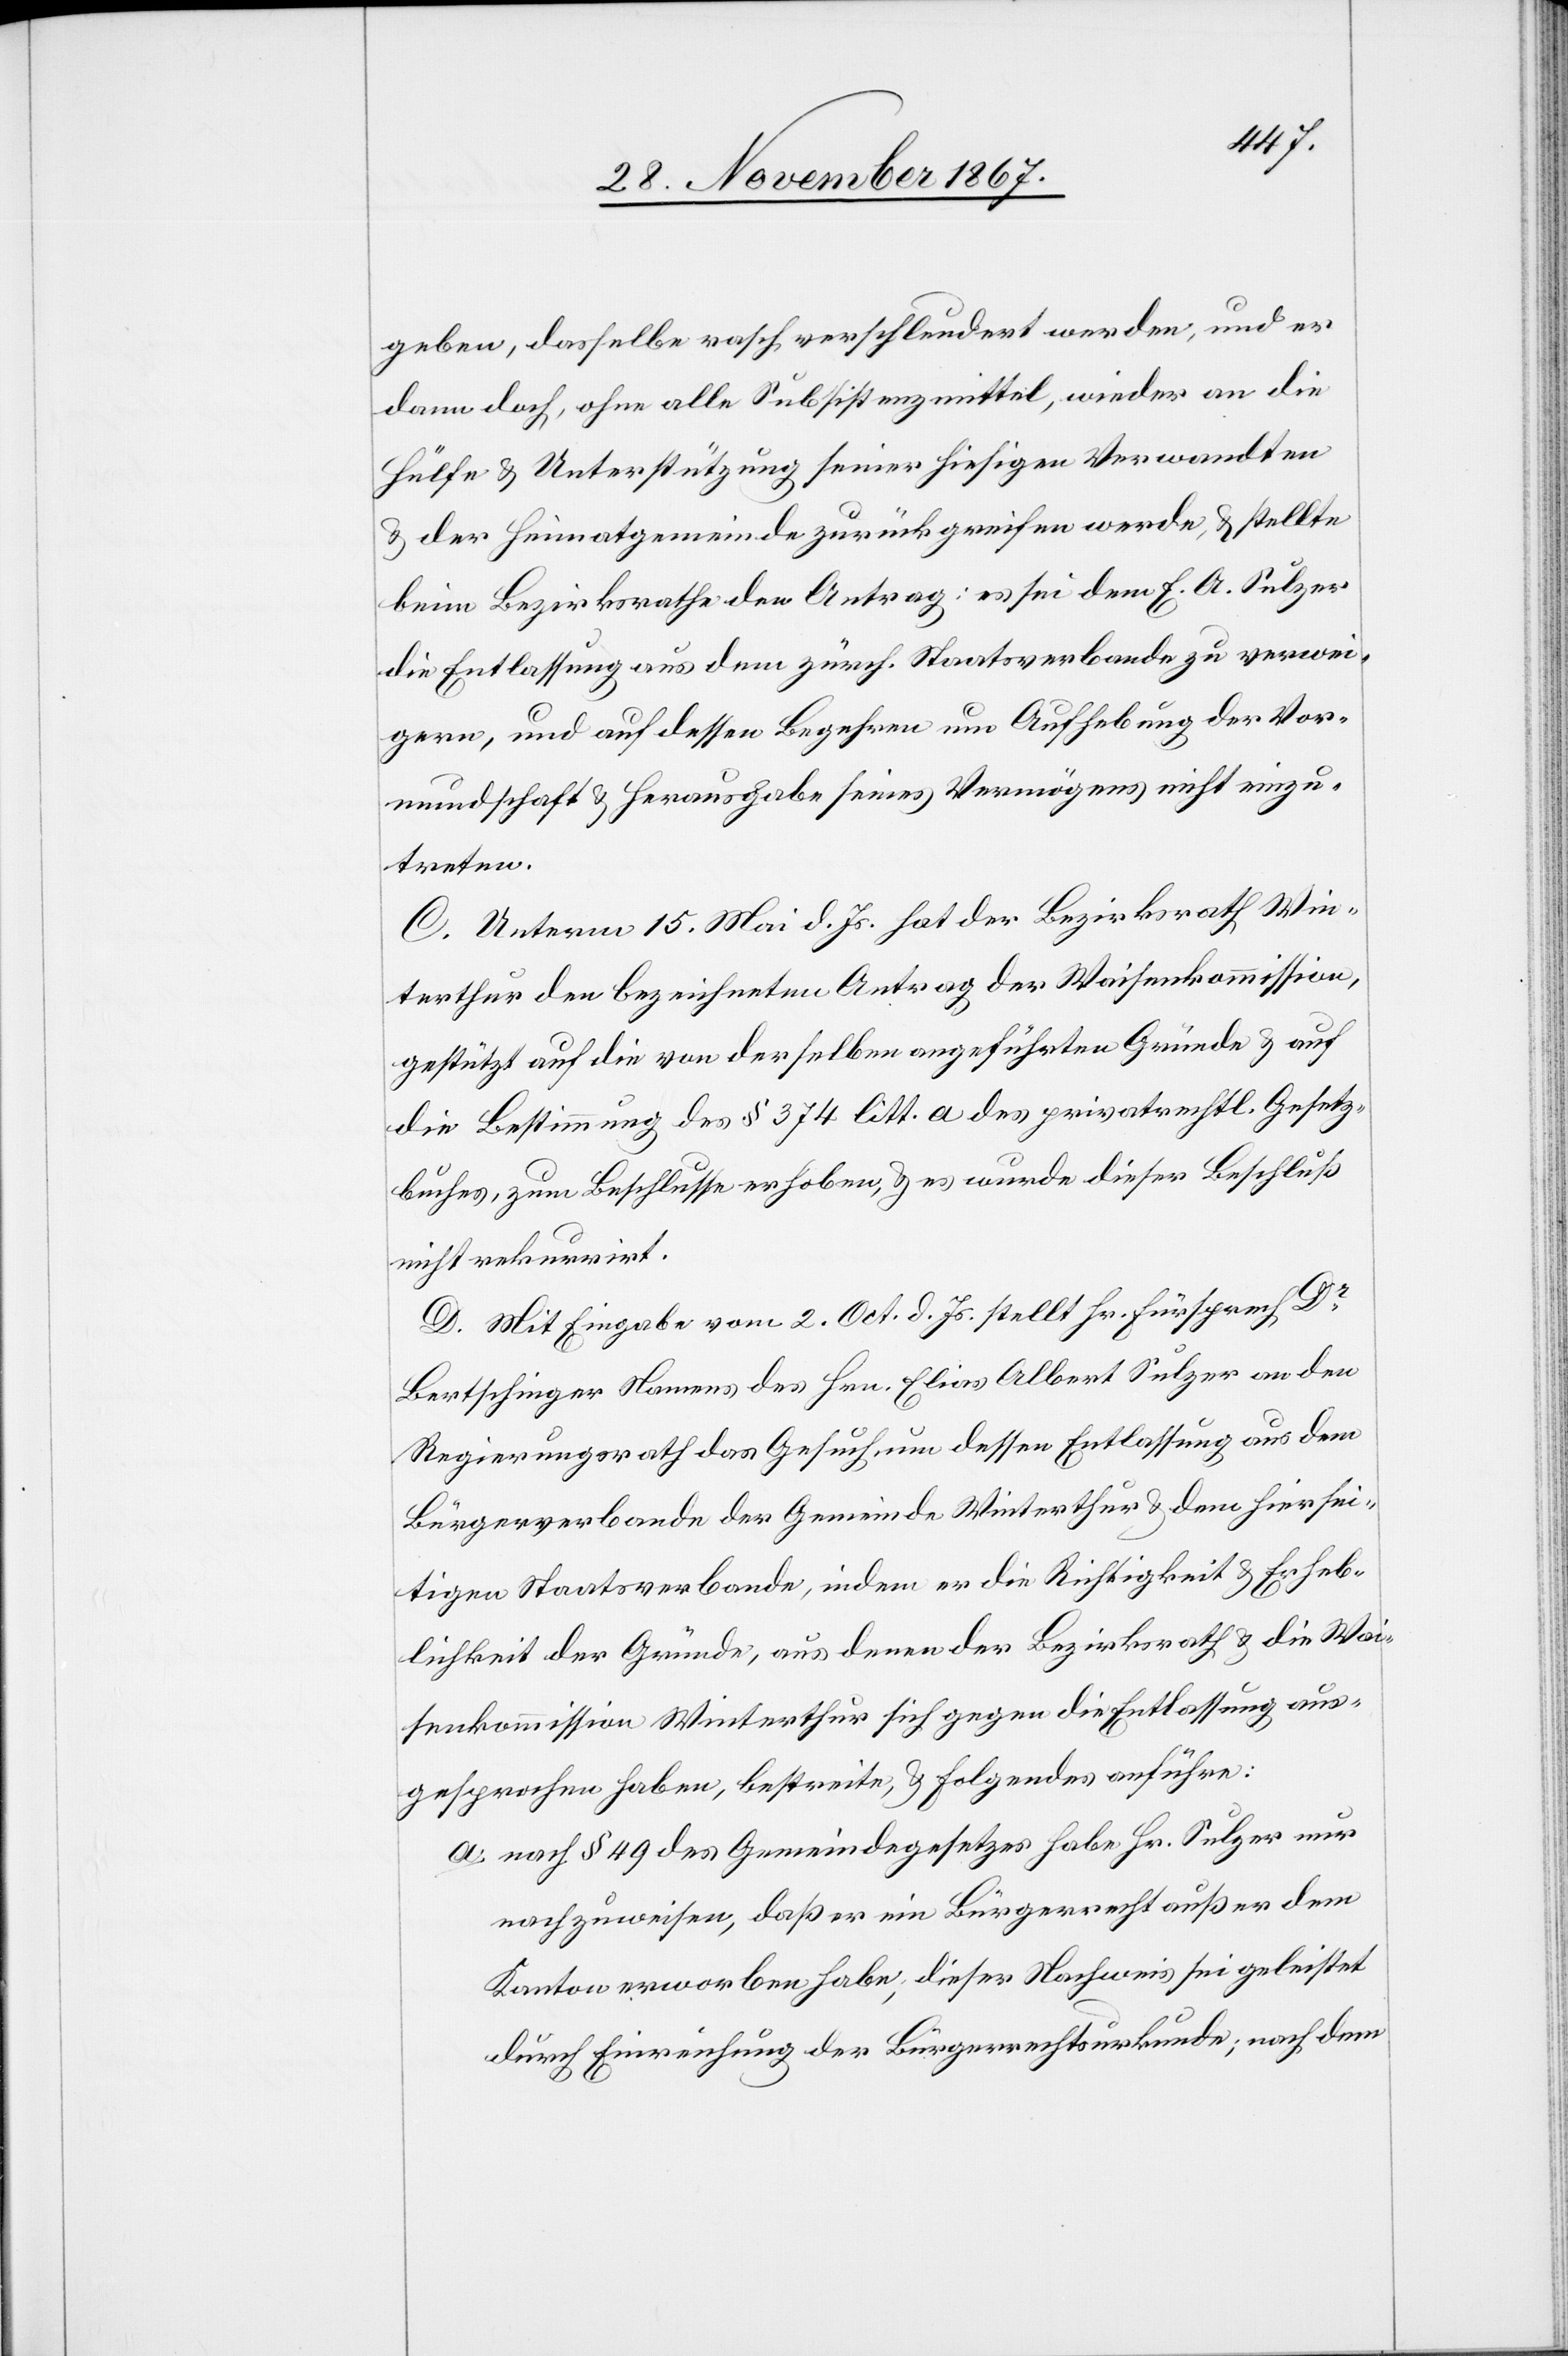
geben, dasselbe rasch verschleudert werden, und er
dann doch, ohne alle Subsistenzmittel, wieder an die
Hülfe u. Unterstützung seiner hiesigen Verwandten
u. der Heimatgemeinde zurückgreifen werde, u. stellte
beim Bezirksrathe den Antrag: es sei dem E. A. Sulzer
die Entlassung aus dem zürch. Staatsverbande zu verwei¬
gern, und auf dessen Begehren um Aufhebung der Vor¬
mundschaft u. Herausgabe seines Vermögens nicht einzu¬
treten.
C. Unterm 15. Mai d. Js. hat der Bezirksrath Win¬
terthur den bezeichneten Antrag der Waisenkommission,
gestützt auf die von derselben angeführten Gründe u. auf
die Bestimmung des § 374 litt. a des privatrechtl. Gesetz¬
buches, zum Beschlusse erhoben, u. es wurde dieser Beschluß
nicht rekurrirt.
D. Mit Eingabe vom 2. Oct. d. Js. stellt Hr. Fürsprech Dr
Bertschinger Namens des Hrn. Elias Albert Sulzer an den
Regierungsrath das Gesuch um dessen Entlassung aus dem
Bürgerverbande der Gemeinde Winterthur u. dem hiersei¬
tigen Staatsverbande, indem er die Richtigkeit u. Erheb¬
lichkeit der Gründe, aus denen der Bezirksrath u. die Wai¬
senkommission Winterthur sich gegen die Entlassung aus¬
gesprochen haben, bestreite, u. Folgendes anführe:
a. nach § 49 des Gemeindegesetzes habe Hr. Sulzer nur
nachzuweisen, daß er ein Bürgerrecht außer dem
Kanton erworben habe; dieser Nachweis sei geleistet
durch Einreichung der Bürgerrechtsurkunde; nach dem